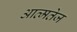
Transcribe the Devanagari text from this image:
आत्मतेज